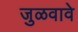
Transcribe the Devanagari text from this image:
जुळवावे